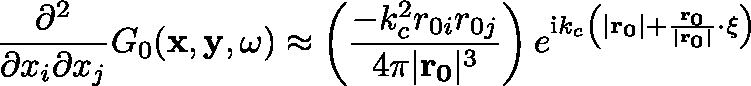
\frac { \partial ^ { 2 } } { \partial x _ { i } \partial x _ { j } } G _ { 0 } ( \mathbf { x } , \mathbf { y } , \omega ) \approx \left( \frac { - k _ { c } ^ { 2 } r _ { 0 i } r _ { 0 j } } { 4 \pi | \mathbf { r _ { 0 } } | ^ { 3 } } \right) e ^ { \mathrm { i } k _ { c } \left( | \mathbf { r _ { 0 } } | + \frac { \mathbf { r _ { 0 } } } { | \mathbf { r _ { 0 } } | } \cdot \mathbf { \xi } \right) }